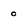
Character: 0